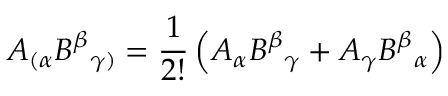
A _ { ( \alpha } B ^ { \beta } { } _ { \gamma ) } = { \frac { 1 } { 2 ! } } \left( A _ { \alpha } B ^ { \beta } { } _ { \gamma } + A _ { \gamma } B ^ { \beta } { } _ { \alpha } \right)